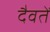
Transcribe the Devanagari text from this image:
दैवतें